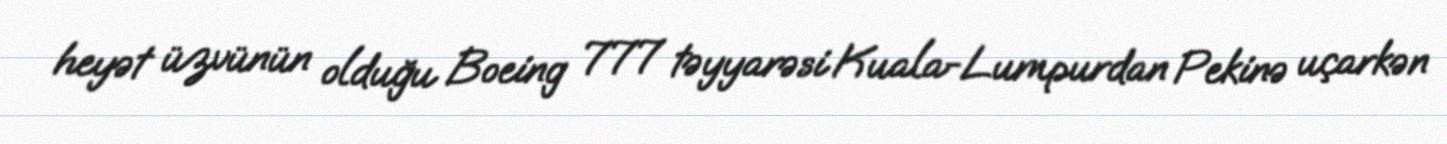
heyət üzvünün olduğu Boeing 777 təyyarəsi Kuala-Lumpurdan Pekinə uçarkən